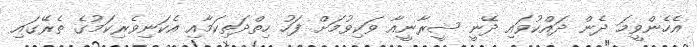
އެހެންވީމަ ދެން ދައްކުވައި ދޭނީ ޝީރާނީއާ ވަކިވުމަށް ފަހު ހިތްދަތިކަމާއި އެކަނިވެރިކަމުގެ ތެރޭގައި